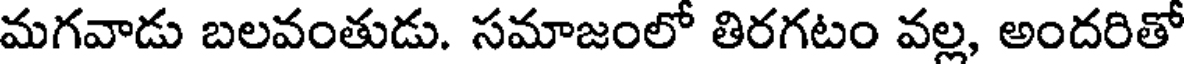
మగవాడు బలవంతుడు. సమాజంలో తిరగటం వల్ల, అందరితో